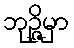
ဘုဉ္ဇိမှာ